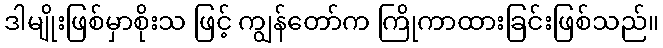
ဒါမျိုးဖြစ်မှာစိုးသ ဖြင့် ကျွန်တော်က ကြိုကာထားခြင်းဖြစ်သည်။